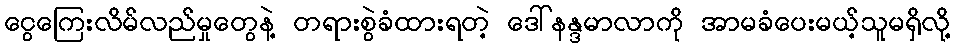
ငွေကြေးလိမ်လည်မှုတွေနဲ့ တရားစွဲခံထားရတဲ့ ဒေါ်နန္ဒမာလာကို အာမခံပေးမယ့်သူမရှိလို့